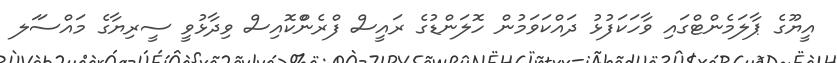
އީޔޫގެ ޕާލަމެންޓްގައި ވާހަކަފުޅު ދައްކަވަމުން ހޮލަންޑުގެ ރައީސް ފްރެންްކޮއިސް ވިދާޅުވީ ސީރިޔާގެ މައްސަަލ